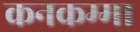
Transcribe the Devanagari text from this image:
कनकम्मा